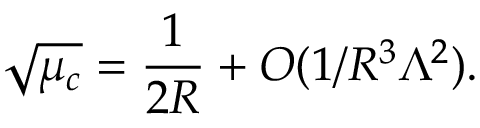
\sqrt { \mu _ { c } } = { \frac { 1 } { 2 R } } + O ( 1 / R ^ { 3 } \Lambda ^ { 2 } ) .